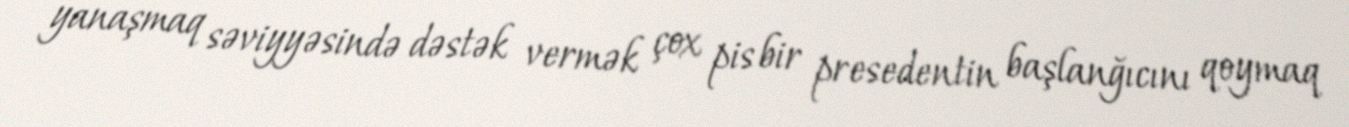
yanaşmaq səviyyəsində dəstək vermək çox pis bir presedentin başlanğıcını qoymaq